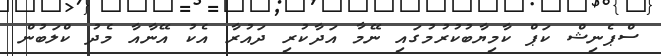
ސްޕެނިޝް ކަަޕް ކާމިޔާބުކުރުމުގައި ނޭމާ އަދާކުރި ދައުރާ އެކު އޭނާއާ މެދު ކްލަބުން